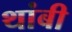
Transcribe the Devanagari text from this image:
थांबी